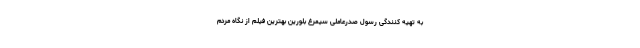
به تهیه کنندگی رسول صدرعاملی سیمرغ بلورین بهترین فیلم از نگاه مردم